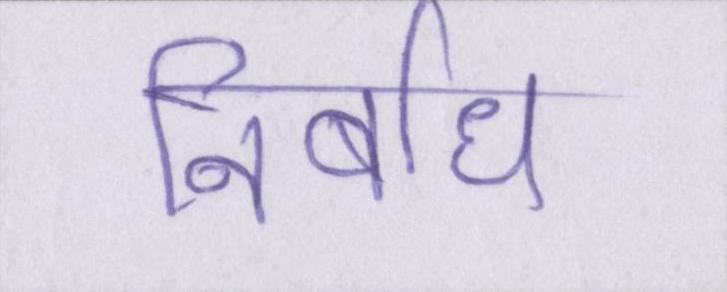
निर्बाध